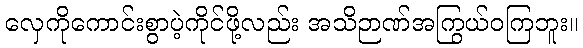
လှေကိုကောင်းစွာပဲ့ကိုင်ဖို့လည်း အသိဉာဏ်အကြွယ်ဝကြဘူး။